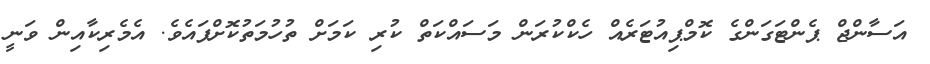
އަސާންޖް ޕެންޓަގަންގެ ކޮމްޕިއުޓަރެއް ހެކްކުރަން މަސައްކަތް ކުރި ކަމަށް ތުހުމަތުކޮށްފައެވެ. އެމެރިކާއިން ވަނީ